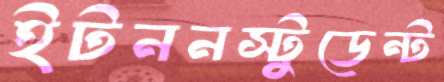
ইটননস্টুডেন্ট